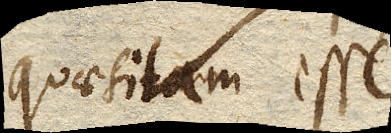
quaesitam esse